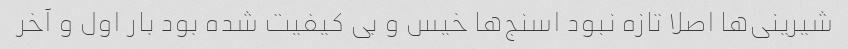
شیرینی‌ها اصلا تازه نبود اسنج‌ها خیس و بی کیفیت شده بود بار اول و آخر